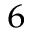
^ 6